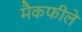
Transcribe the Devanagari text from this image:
मैकफीले